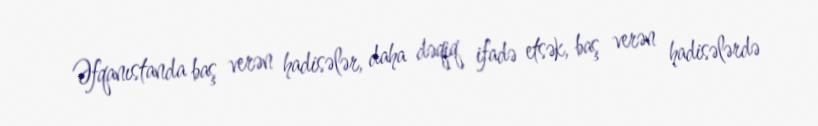
Əfqanıstanda baş verən hadisələr, daha dəqiq ifadə etsək, baş verən hadisələrdə